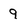
Character: 9